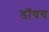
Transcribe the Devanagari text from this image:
डॉयच